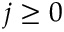
j \geq 0